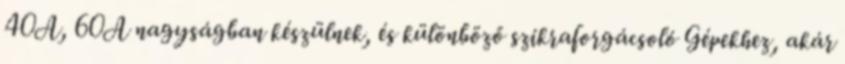
40A, 60A nagyságban készülnek, és különböző szikraforgácsoló Gépekhez, akár